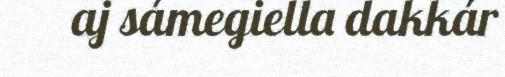
aj sámegiella dakkár